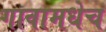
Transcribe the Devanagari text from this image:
गावामधेच